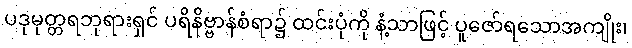
ပဒုမုတ္တရဘုရားရှင် ပရိနိဗ္ဗာန်စံရာ၌ ထင်းပုံကို နံ့သာဖြင့် ပူဇော်ရသောအကျိုး၊